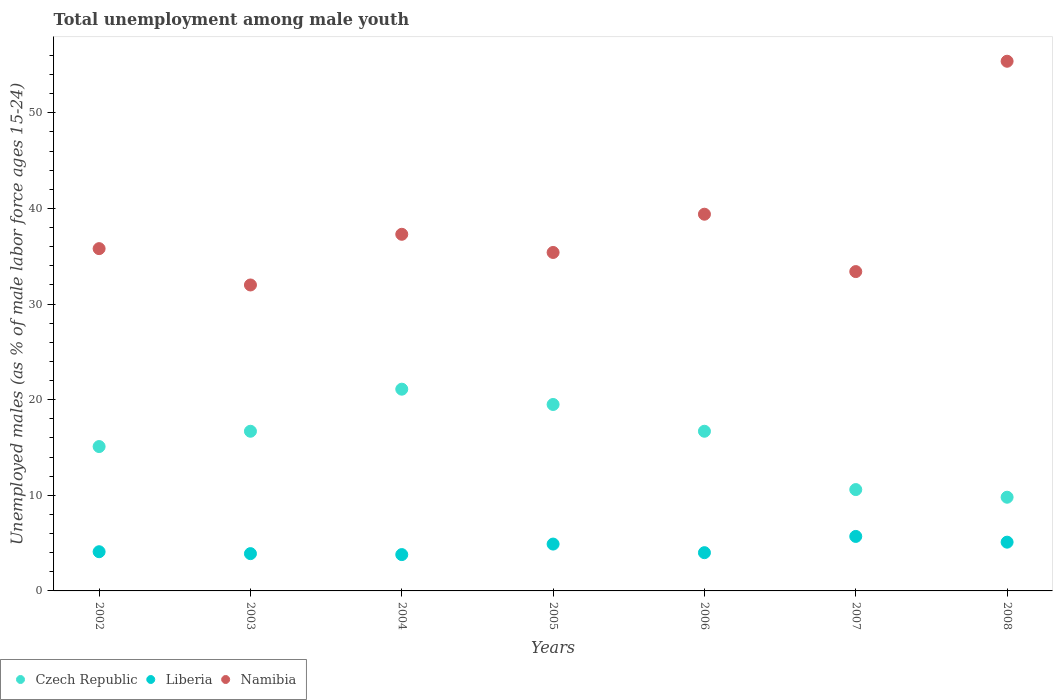
| Years | Czech Republic | Liberia | Namibia |
 | --- | --- | --- | --- |
 | 2002 | 15.1 | 4.1 | 35.8 |
 | 2003 | 16.7 | 3.9 | 32 |
 | 2004 | 21.1 | 3.8 | 37.3 |
 | 2005 | 19.5 | 4.9 | 35.4 |
 | 2006 | 16.7 | 4 | 39.4 |
 | 2007 | 10.6 | 5.7 | 33.4 |
 | 2008 | 9.8 | 5.1 | 55.4 |